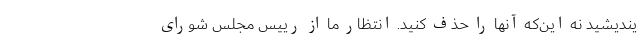
یندیشید نه این‌که آنها را حذف کنید. انتظار ما از رییس مجلس شورای